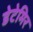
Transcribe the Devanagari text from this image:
डेटेमिर